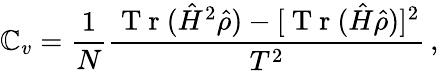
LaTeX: \mathbb{C}_{v}=\frac{{1}}{{N}}\frac{{\mathrm{{~T~r~}}(\hat{{H}}^{2}\hat{{\rho}})-[\mathrm{{~T~r~}}(\hat{{H}}\hat{{\rho}})]^{2}}}{{T^{2}}}\, ,